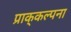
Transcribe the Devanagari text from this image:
प्राक्‌कल्पना